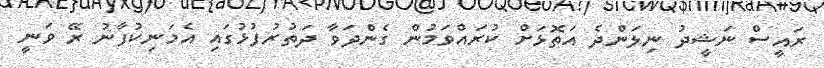
ރައީސް ނަޝީދު ނިލަންދެ އަތޮޅަށް ކުރައްވަމުން ގެންދަވާ ދަތުރުފުޅުގައި އެމަނިކުފާނު ރޭ ވަނީ